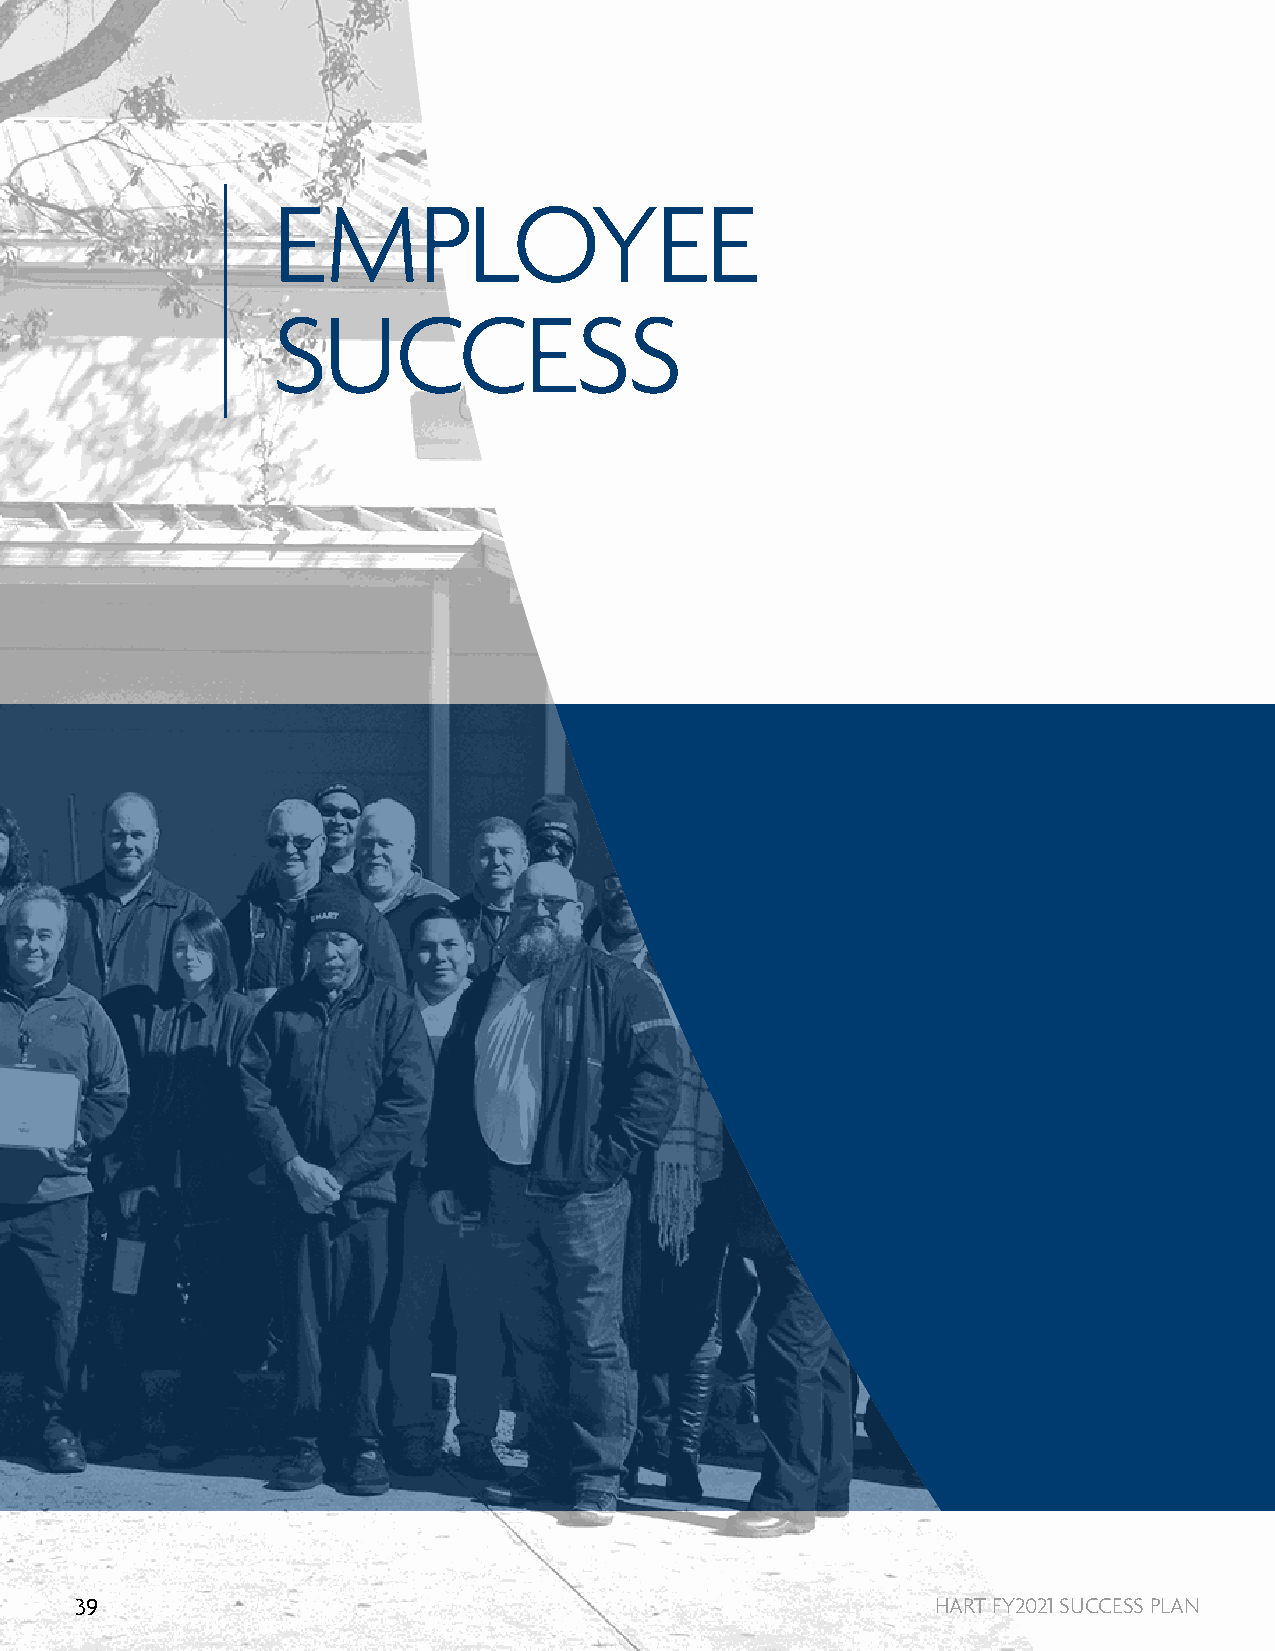
EMPLOYEE
 SUCCESS
 39                                                       HART FY2021 SUCCESS PLAN